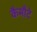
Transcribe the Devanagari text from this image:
कैमौटे